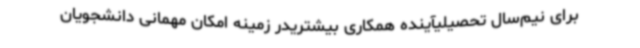
برای نیم‌سال تحصیلیآینده همکاری بیشتریدر زمینه امکان مهمانی دانشجویان